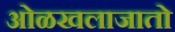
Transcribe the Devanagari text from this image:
ओळखलाजातो